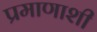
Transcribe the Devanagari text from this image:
प्रमाणाशी